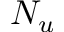
N _ { u }